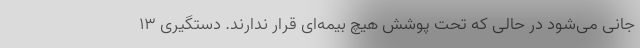
جانی می‌شود در حالی که تحت پوشش هیچ بیمه‌ای قرار ندارند. دستگیری ۱۳